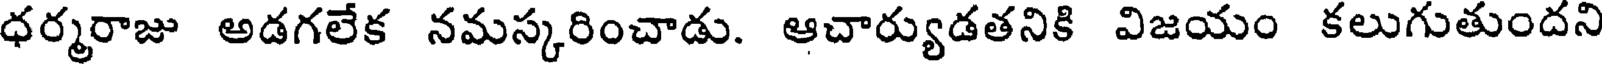
ధర్మరాజు అడగలేక నమస్కరించాడు. ఆచార్యుడతనికి విజయం కలుగుతుందని